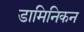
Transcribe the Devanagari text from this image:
डामिनिकन